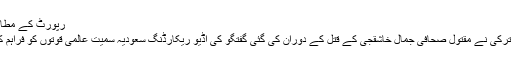
رپورٹ کے مطابق…
انقرہ: ترکی نے مقتول صحافی جمال خاشقجی کے قتل کے دوران کی گئی گفتگو کی آڈیو ریکارڈنگ سعودیہ سمیت عالمی قوتوں کو فراہم کردی۔